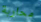
محاربة